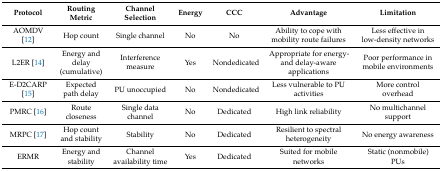
| Protocol | Routing Metric | Channel Selection | Energy | CCC | Advantage | Limitation |
 | --- | --- | --- | --- | --- | --- | --- |
 | AOMDV [12] | Hop count | Single channel | No | No | Ability to cope with mobility route failures | Less effective in low-density networks |
 | L2ER [14] | Energy and delay (cumulative) | Interference measure | Yes | Nondedicated | Appropriate for energy- and delay-aware applications | Poor performance in mobile environments |
 | E-D2CARP [15] | Expected path delay | PU unoccupied | No | Nondedicated | Less vulnerable to PU activities | More control overhead |
 | PMRC [16] | Route closeness | Single data channel | No | Dedicated | High link reliability | No multichannel support |
 | MRPC [17] | Hop count and stability | Stability | No | Dedicated | Resilient to spectral heterogeneity | No energy awareness |
 | ERMR | Energy and stability | Channel availability time | Yes | Dedicated | Suited for mobile networks | Static (nonmobile) PUs |